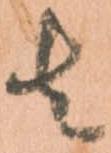
者